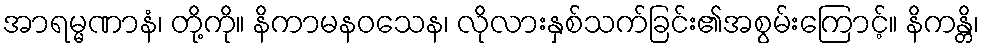
အာရမ္မဏာနံ၊ တို့ကို။ နိကာမနဝသေန၊ လိုလားနှစ်သက်ခြင်း၏အစွမ်းကြောင့်။ နိကန္တိ၊